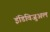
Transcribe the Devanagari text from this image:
इंडिविजुअल